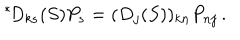
{ } ^ { \ast } \! D _ { k s } ( S ) P _ { s } = ( D _ { j } ( S ) ) _ { k n } P _ { n j } \, .